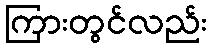
ကြားတွင်လည်း